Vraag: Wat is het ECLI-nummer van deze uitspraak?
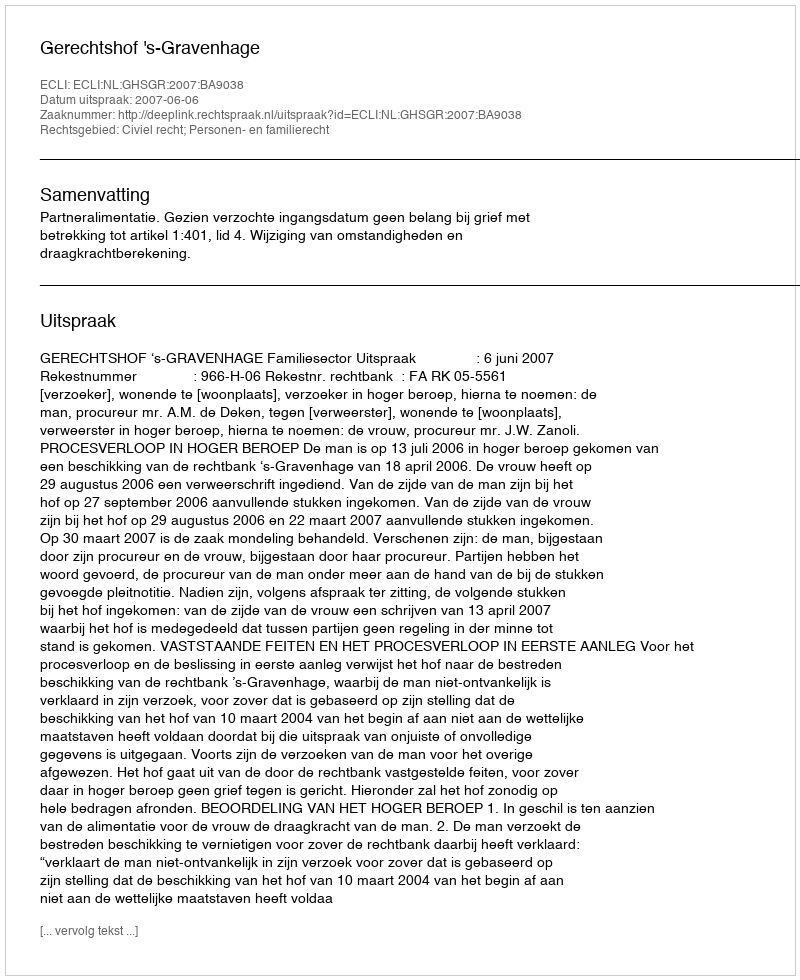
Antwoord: ECLI:NL:GHSGR:2007:BA9038